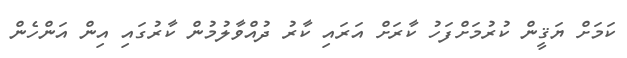
ކަމަށް ޔަޤީން ކުރުމަށްފަހު ކާރަށް އަރައި ކާރު ދުއްވާލުމުން ކާރުގައި އިން އަންހެން